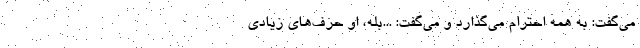
مي‌گفت: به همه احترام مي‌گذارد و مي‌گفت: ...بله، او حرف‌هاي زيادي